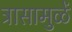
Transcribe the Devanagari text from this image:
त्रासामुळें